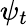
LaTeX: \psi_{t}